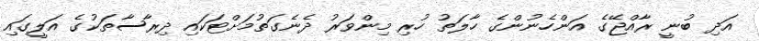
އަދި ބުނީ ރާއްޖޭގެ އަންހެނުންގެ ހާލަތު ހުރި މިންވަރު ދެނެގަތުމަށްޓަކައި ދިރާސާތަކުގެ އަލީގައި